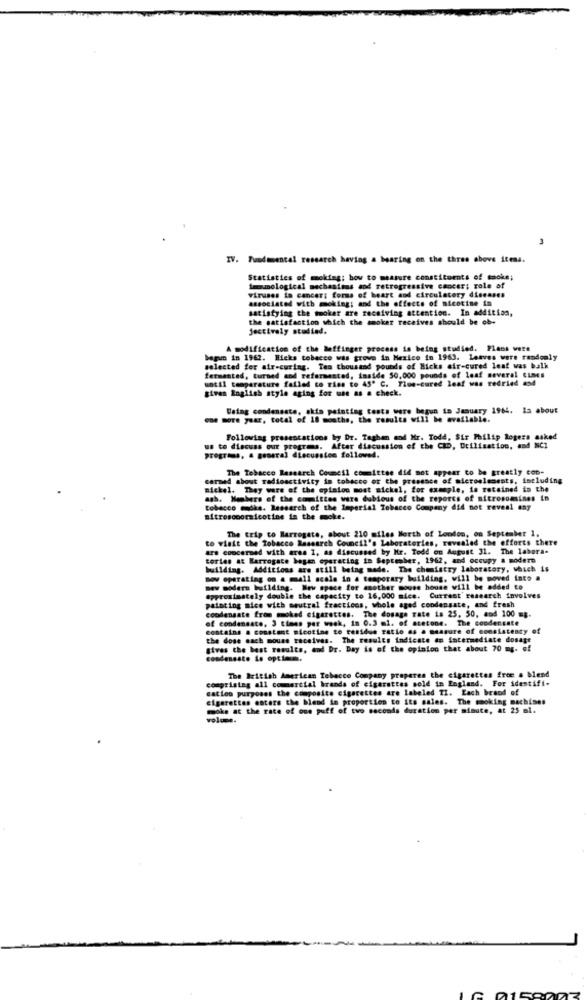
3
IV. Fundamental research having a bearing on the three above itens.
Statistics of moking; bov to measure constituents of smoke;
imamological mechasions and retrogressive cancer; role of
associated with moking; and the effects of nicotine in
viruses in cancer; forms of heart and circulatory diseases
satisfying the moker are receiving attention. In addition,
the satisfaction which the smoker receives should be ob-
jectively studied.
A modification of the hoffinger process is being studied. Plans vere
bapm in 1962. Hicks tobacco was grove in Mexico in 1963. Leaves were randomly
selected for air-curing. Ten thousand pounds of Hicks air-cured leaf was bulk
fermented, turned and refermented, inside 50,000 pounds of leaf several times
until temperature failed to ries to 45º C. Tiue-cured leaf was redried asd
given English style aging for une as a check.
Using condensate, skin painting tests were begun in January 1964. Is about
one more year, total of 18 months, the results will be available.
Following presentations by Dr. Taghan and Mr. Todd, Sir Philip Rogers asked
us to discuss our progres. After discussion of the CID, Utilisation, and NC1
programs, a general discussion followed.
The Tobacco Research Council committee did not appear to be greatly con-
carmed about radioactivity in tobacco or the presence of microelements, including
mickel. They were of the opinion most mickel, for example, is retained in the
agh. Members of the comittee wire dubious of the reports of nitrosomines in
tobacco moka. Research of the Imperial Tobacco Company did not reveal any
mitroscoornicotine in the moke.
The trip to Harrogate, about 210 miles North of London, on September 1.
to visit the Tobacco Research Council's Laboratories, revealed the efforts there
are concerned with eres I, as discussed by Mr. Todd on August 31. The labora-
tories at Harrogate bagan operating in September, 1962, and occupy a modern
building. Additions are still being made. The chemistry laboratory, which is
mow operating on a mall scale in a temporary building, will be moved into a
new modern building. Mew space for another mouse house will be added to
approximately double the capacity to 16,000 mice. Current research involves
painting mice with neutral fractions, whole aged condensate, and fresh
condensate from moked cigarettes. The dosage rate is 25, 50, and 100 =g.
of condensato, 3 times per week, in 0.3 ml. of acetone. The condensate
contains a constant nicotine to residue ratio as a measure of consistency of
the dose mach mouse receives. The results indicate en intermediate dosage
gives the best results, and Dr. Day is of the opinion that about 70 mg. of
condeneste is optimm.
comprising all commercial brands of cigarettes sold in England. For identifi-
The British American Tobacco Company properes the cigarettes free a blend
cation purposes the composite cigarettes are labeled TI. Each brand of
cigarettes enters the blend in proportion to its sales. The moking machises
make at the rate of one puff of two seconds duration per minute, at 25 ml.
volume.